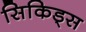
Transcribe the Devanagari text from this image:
सिकिड्स